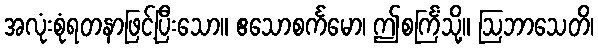
အလုံးစုံရတနာဖြင့်ပြီးသော။ ဧသောစင်္ကမော၊ ဤစင်္ကြံသို့။ ဩဘာသေတိ၊